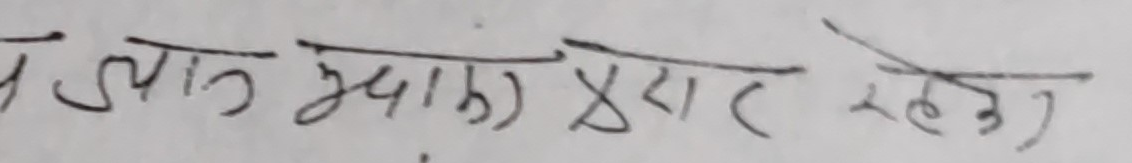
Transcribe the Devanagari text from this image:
थे जात खुदा प्यार रहेज